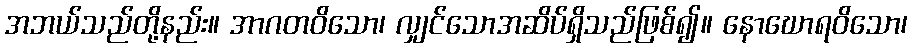
အဘယ်သည်တို့နည်း။ အာဂတဝိသော၊ လျှင်သောအဆိပ်ရှိသည်ဖြစ်၍။ နောဃောရဝိသော၊